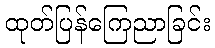
ထုတ်ပြန်ကြေညာခြင်း